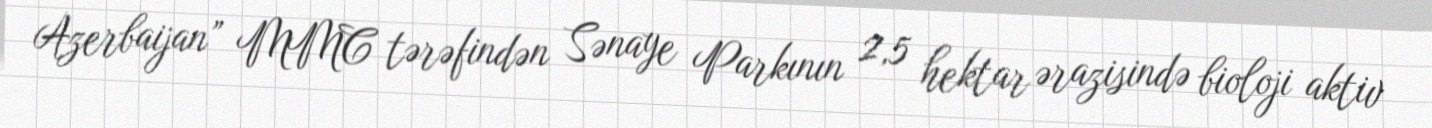
Azerbaijan” MMC tərəfindən Sənaye Parkının 2,5 hektar ərazisində bioloji aktiv